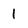
Character: 1